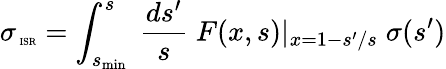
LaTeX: \sigma_{\mathrm{\tiny~ISR}}=\int_{s_{\mathrm{min}}}^{s}\ {\frac{ds^{\prime}}{s}}\; F(x,s)\vert_{x=1-s^{\prime}/s}\; \sigma(s^{\prime})